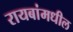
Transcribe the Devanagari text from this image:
रायबांमधील